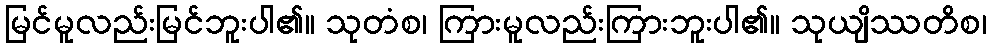
မြင်မူလည်းမြင်ဘူးပါ၏။ သုတံစ၊ ကြားမူလည်းကြားဘူးပါ၏။ သုယျိဿတိစ၊